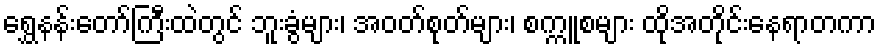
ရွှေနန်းတော်ကြီးထဲတွင် ဘူးခွံများ၊ အဝတ်စုတ်များ၊ စက္ကူစများ ထိုအတိုင်းနေရာတကာ